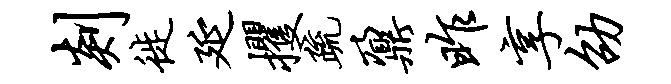
剡徙延攫疏鼐昨享劭